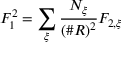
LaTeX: F _ { 1 } ^ { 2 } = \sum _ { \xi } \frac { N _ { \xi } } { ( \# R ) ^ { 2 } } F _ { 2 , \xi }